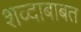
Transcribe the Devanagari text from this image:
शव्दाबाबत